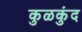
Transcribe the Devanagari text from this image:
कुळकुंद